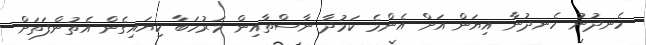
ހެނދުނު ހެނދުނާ އިޔަން އަށް އެންމެ ކަމުދާ ނާސްތާއިން މަރުހަބާ ކިޔައިގެން އެތުންފަތަށް